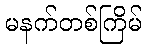
မနက်တစ်ကြိမ်